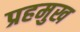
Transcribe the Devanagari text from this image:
प्रहमुख